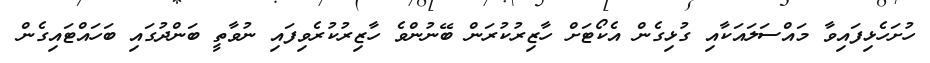
ހުށަހެޅިފައިވާ މައްސަލައަކާއި ގުޅިގެން އެކޯޓަށް ހާޒިރުކުރަން ބޭނުންވެ ހާޒިރުކުރެވިފައި ނުވާތީ ބަންދުގައި ބަހައްޓައިގެން